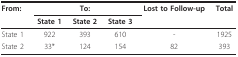
| From: | <COLSPAN=3> To: | Lost to Follow-up | Total |
 |  | State 1 | State 2 | State 3 |  |  |
 | --- | --- | --- | --- | --- | --- |
 | State 1 | 922 | 393 | 610 | - | 1925 |
 | State 2 | 33* | 124 | 154 | 82 | 393 |